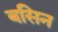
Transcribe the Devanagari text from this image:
बसिन